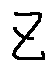
z